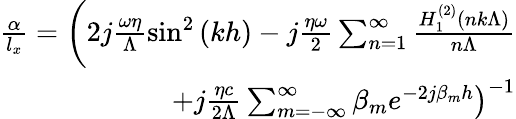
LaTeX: \begin{array}{r}{\frac{\alpha}{l_{x}}=\left(2j\frac{\omega\eta}{\Lambda}\sin^{2}\left(kh\right)-j\frac{\eta\omega}{2}\sum_{n=1}^{\infty}\frac{H_{1}^{\left(2\right)}\left(nk\Lambda\right)}{n\Lambda}\right.}\\ {\quad\left.+j\frac{\eta c}{2\Lambda}\sum_{m=-\infty}^{\infty}\beta_{m}e^{-2j\beta_{m}h}\right)^{-1}}\end{array}